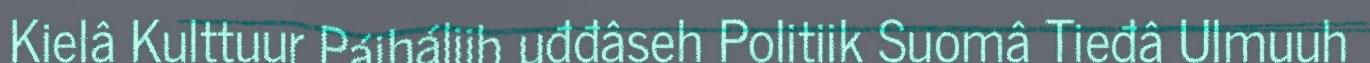
Kielâ Kulttuur Páiháliih uđđâseh Politiik Suomâ Tieđâ Ulmuuh